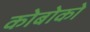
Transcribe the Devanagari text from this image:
कोबोको